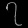
Digit: ၇